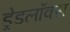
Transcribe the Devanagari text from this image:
ड्रेडलॉक्स